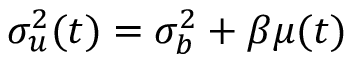
\sigma _ { u } ^ { 2 } ( t ) = \sigma _ { b } ^ { 2 } + \beta \mu ( t )